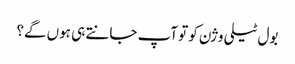
بول ٹیلی وژن کو تو آپ جانتے ہی ہوں گے؟